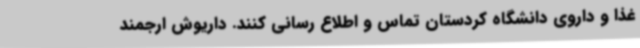
غذا و داروی دانشگاه کردستان تماس و اطلاع رسانی کنند. داریوش ارجمند